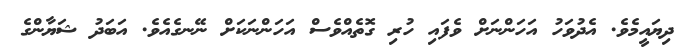
ދިޔައީމެވެ. އެދުވަހު އަހަންނަށް ވެފައި ހުރި ގޮތެއްވެސް އަހަންނަކަށް ނޭނގެއެވެ. އަބަދު ޝަޔާންގެ